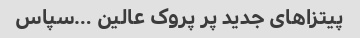
پیتزاهای جدید پر پروک عالین …سپاس